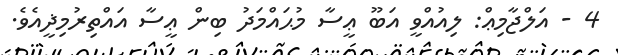
4 - އަލްޖާމިޢް: ލިއުއްވީ އަބޫ ޢީސާ މުޙައްމަދު ބިން ޢީސާ އައްތިރުމިޛީއެވެ.